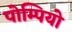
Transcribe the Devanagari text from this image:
पोम्पियो